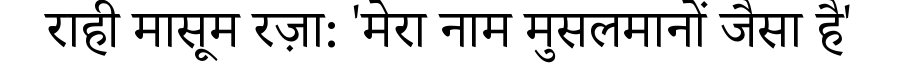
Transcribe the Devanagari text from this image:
राही मासूम रज़ा: 'मेरा नाम मुसलमानों जैसा है'